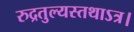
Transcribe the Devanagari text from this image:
रुद्रतुल्यस्तथाऽत्र।